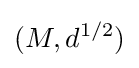
(M,d^{1/2})